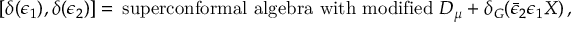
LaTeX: \left[ \delta ( \epsilon _ { 1 } ) , \delta ( \epsilon _ { 2 } ) \right] = \, \mathrm { s u p e r c o n f o r m a l ~ a l g e b r a ~ w i t h ~ m o d i f i e d ~ } D _ { \mu } + \delta _ { G } ( \bar { \epsilon } _ { 2 } \epsilon _ { 1 } X ) \, ,